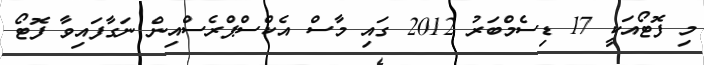
މި ފޮޓޯއަކީ 17 ޑިސެމްބަރު 2012 ގައި މާސް އެކްސްޕްރެސްއިން ނަގާފައިވާ ފޮޓޯ